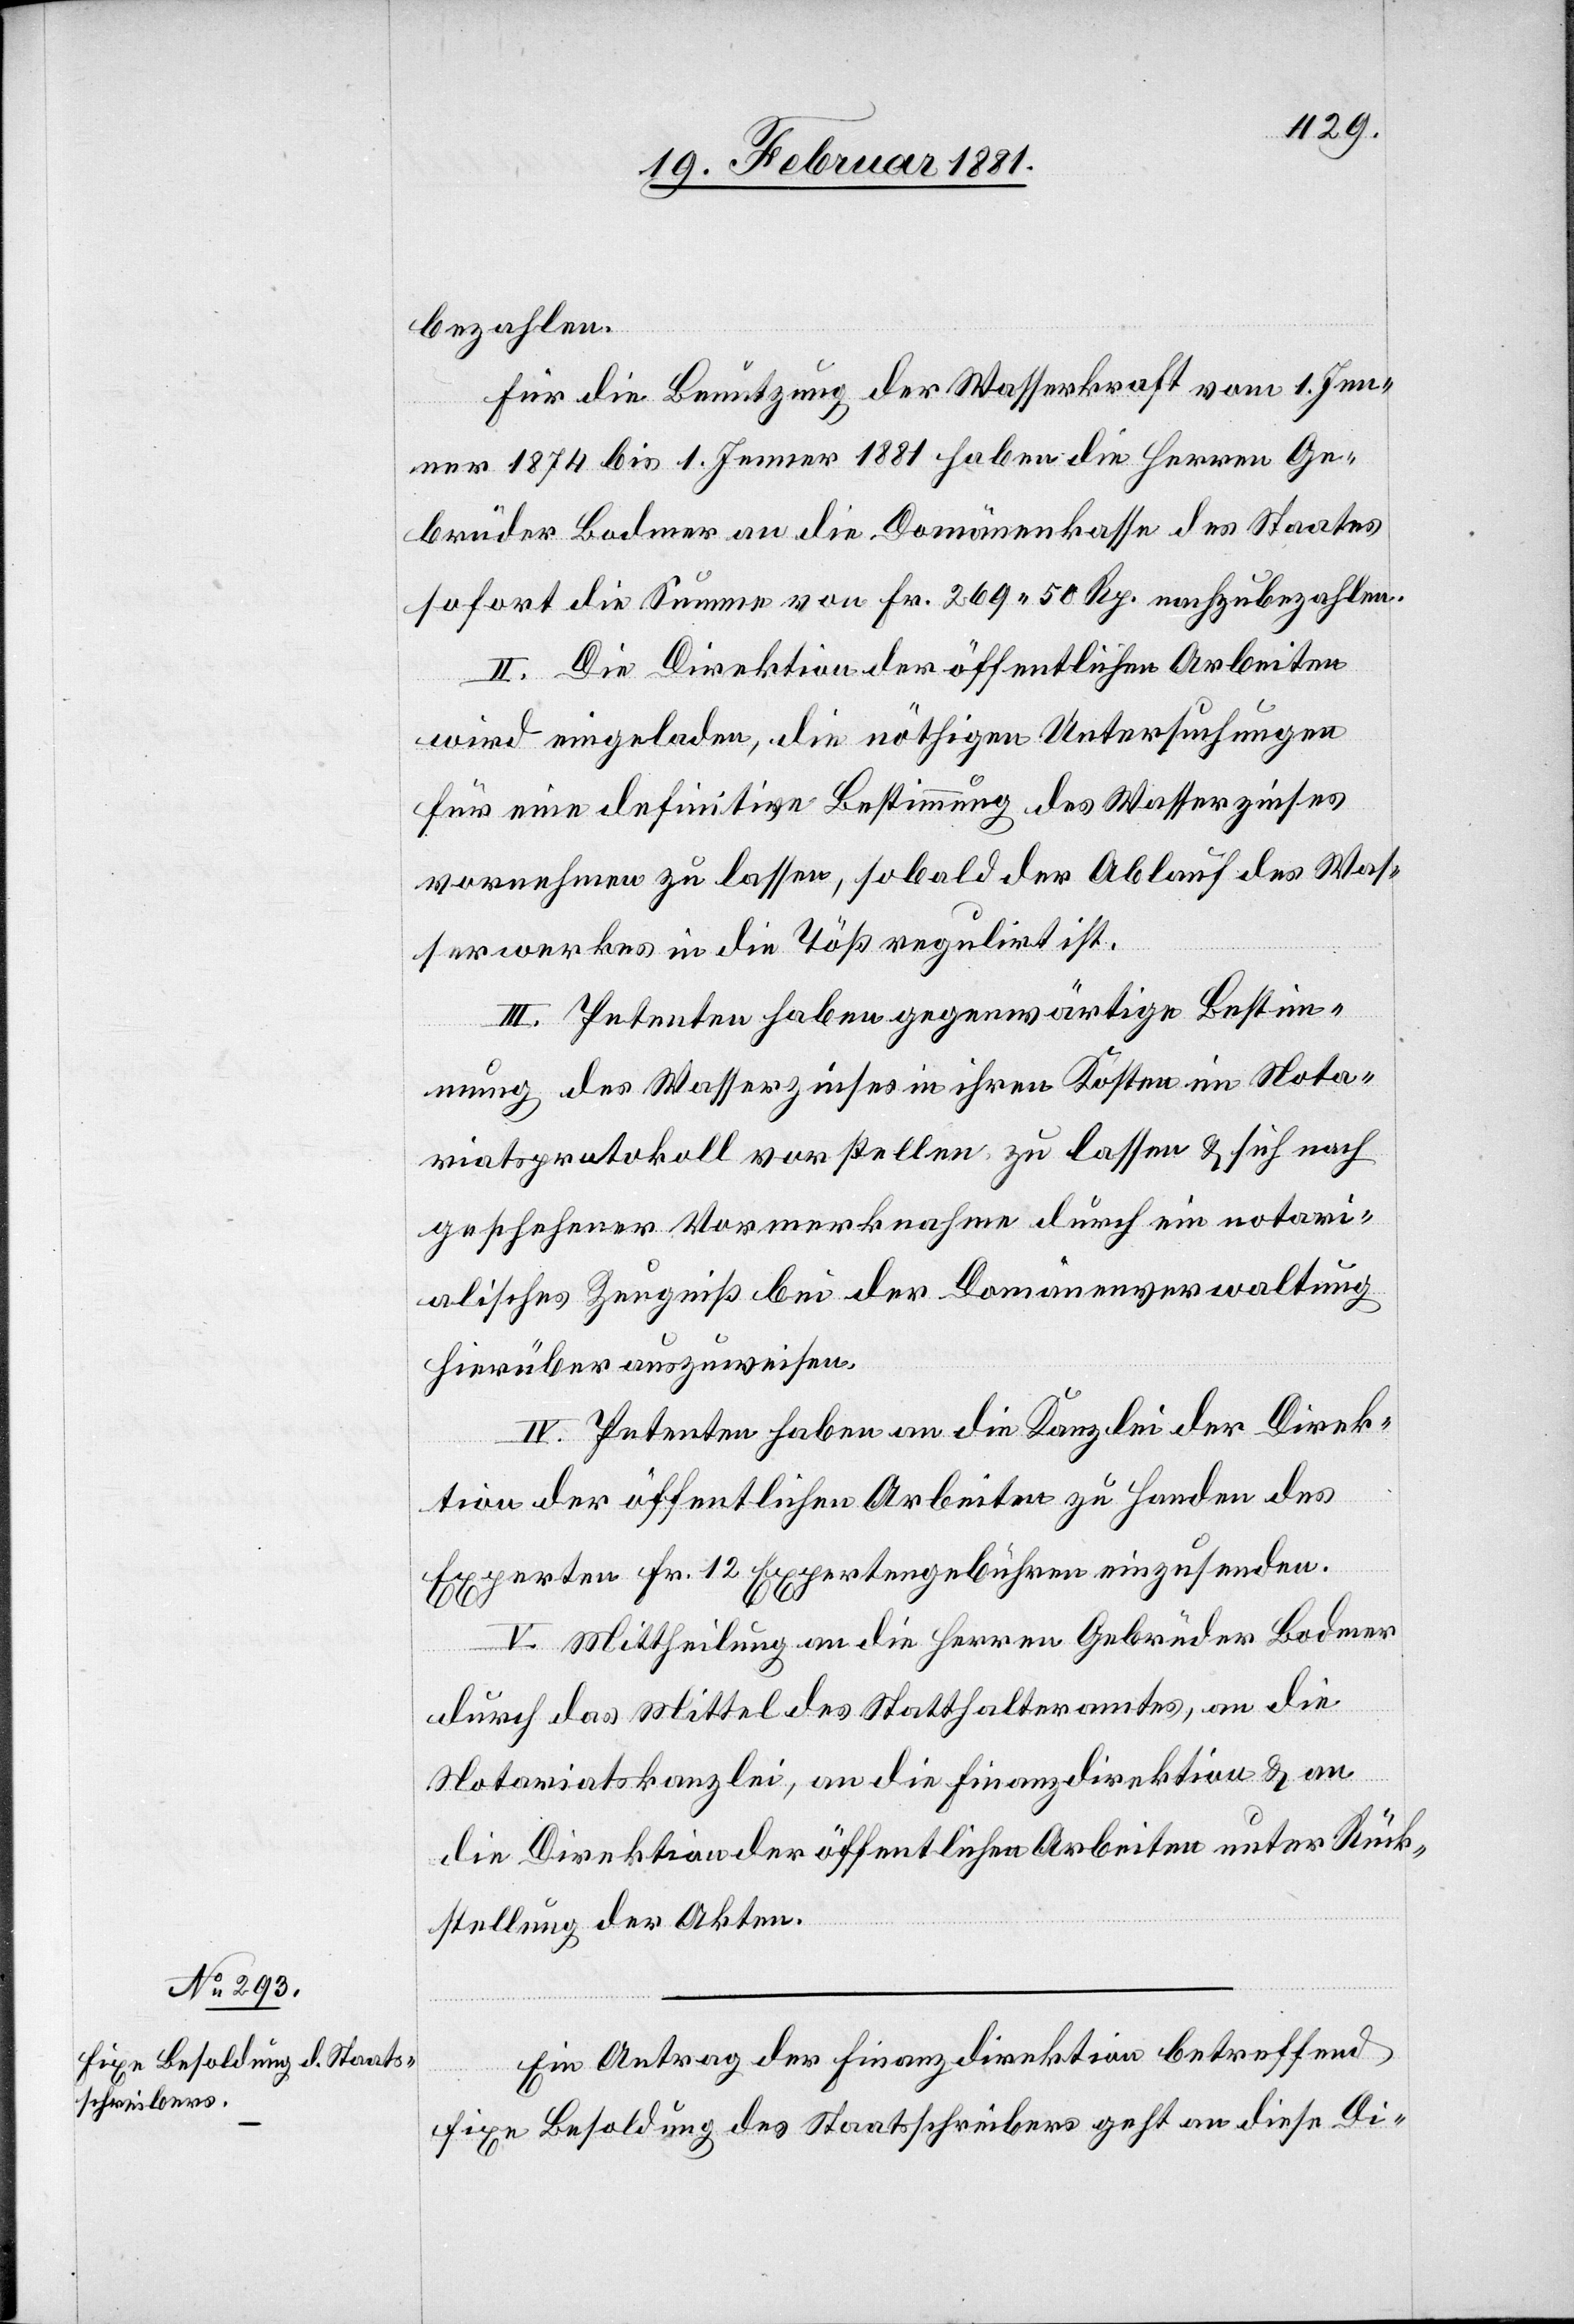
bezahlen.
Für die Benutzung der Wasserkraft vom 1. Jen¬
ner 1874 bis 1. Jenner 1881 haben die Herren Ge¬
brüder Bodmer an die Domänenkasse des Staates
sofort die Summe von Fr. 269 50 Rp. nachzubezahlen.
II. Die Direktion der öffentlichen Arbeiten
wird eingeladen, die nöthigen Untersuchungen
für eine definitive Bestimmung des Wasserzinses
vornehmen zu lassen, sobald der Ablauf des Was¬
serwerkes in die Töß regulirt ist.
III. Petenten haben gegenwärtige Bestim¬
mungen des Wasserzinses in ihren Kosten im Nota¬
riatsprotokoll vorstellen zu lassen & sich nach
geschehener Vormerknahme durch ein notari¬
alisches Zeugniß bei der Domänenverwaltung
hierüber auszuweisen.
Ein Antrag der Finanzdirektion betreffend
fixe Besoldung des Staatsschreibers geht an diese Di-